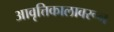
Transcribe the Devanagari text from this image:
आवृत्तिकालावरून